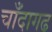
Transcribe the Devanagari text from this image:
चाँदागढ